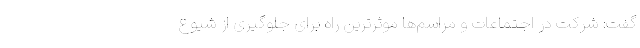
گفت: شرکت در اجتماعات و مراسم‌ها موثرترین راه برای جلوگیری از شیوع